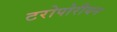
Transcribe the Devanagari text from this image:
टरोपोरीयन